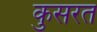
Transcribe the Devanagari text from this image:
कुसरत